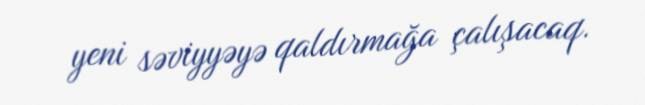
yeni səviyyəyə qaldırmağa çalışacaq.